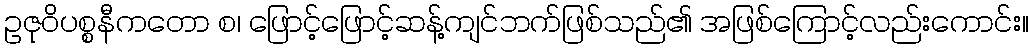
ဥဇုဝိပစ္စနီကတော စ၊ ဖြောင့်ဖြောင့်ဆန့်ကျင်ဘက်ဖြစ်သည်၏ အဖြစ်ကြောင့်လည်းကောင်း။